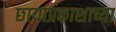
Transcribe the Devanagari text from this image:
छायाप्रकाशाच्या